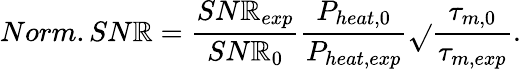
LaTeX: Norm.SN\mathbb{R}=\frac{{SN\mathbb{R}_{exp}}}{{SN\mathbb{R}_{0}}}\frac{{P_{heat,0}}}{{P_{heat,exp}}}\sqrt{}{{\frac{{\tau_{m,0}}}{{\tau_{m,exp}}}}}.